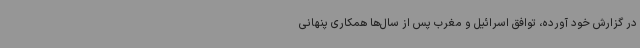
در گزارش خود آورده، توافق اسرائیل و مغرب پس از سال‌ها همکاری پنهانی